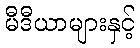
မီဒီယာများနှင့်